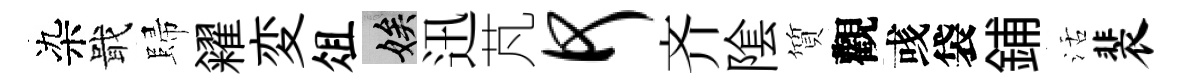
染戢歸糴変俎娭迅芃何齐隂質觀彧袋鋪活裴